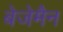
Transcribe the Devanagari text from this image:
बेजेमैन